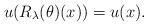
LaTeX: \begin{align*} u (R_\lambda (\theta)(x)) = u (x).\end{align*}